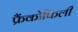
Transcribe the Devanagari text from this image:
फ्रैंकोफिली